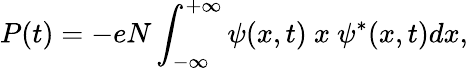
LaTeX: P(t)=-eN\int_{-\infty}^{+\infty}\psi(x,t)\ x\ \psi^{*}(x,t)dx,